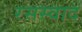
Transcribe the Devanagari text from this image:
रसस्वाद